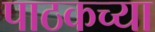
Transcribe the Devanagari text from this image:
पाठकच्या